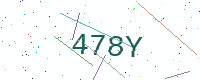
Text: 478Y